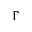
\Gamma